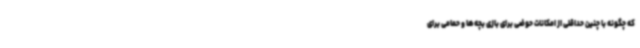
که چگونه با چنین حداقلی از امکانات حوضی برای بازی بچه‌ها و حمامی برای